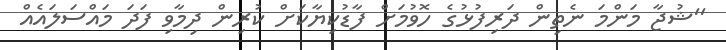
''ޝުޖާ މަންމަ ނެތިން ދަރިފުޅުގެ ހޮވުމަށް ފާޑުކިޔާކަށް ކުރިން ދިމާވި ފަދަ މައްސަލައެއް